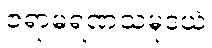
ဇရာမရဏသမုဒယံ